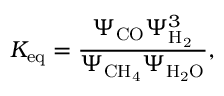
K _ { \mathrm { e q } } = \frac { \Psi _ { \mathrm { C O } } \Psi _ { \mathrm { H _ { 2 } } } ^ { 3 } } { \Psi _ { \mathrm { C H _ { 4 } } } \Psi _ { \mathrm { H _ { 2 } O } } } ,